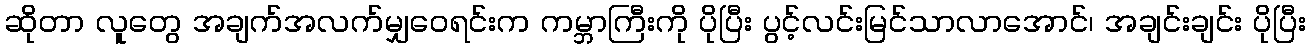
ဆိုတာ လူတွေ အချက်အလက်မျှဝေရင်းက ကမ္ဘာကြီးကို ပိုပြီး ပွင့်လင်းမြင်သာလာအောင်၊ အချင်းချင်း ပိုပြီး